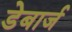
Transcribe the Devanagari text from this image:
डेबार्ज